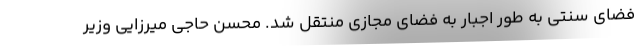
فضای سنتی به طور اجبار به فضای مجازی منتقل شد. محسن حاجی میرزایی وزیر